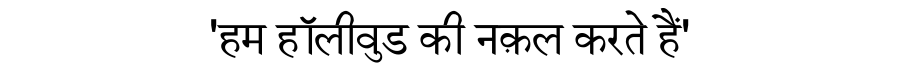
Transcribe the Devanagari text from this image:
'हम हॉलीवुड की नक़ल करते हैं'